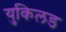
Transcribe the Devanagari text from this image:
युकिलड